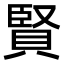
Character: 賢